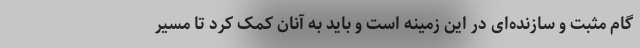
گام مثبت و سازنده‌ای در این زمینه است و باید به آنان کمک کرد تا مسیر